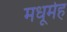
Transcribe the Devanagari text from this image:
मधूमेह